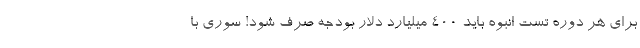
برای هر دوره تست انبوه باید ۴۰۰ میلیارد دلار بودجه صرف شود! سوری با